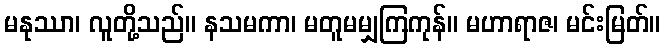
မနုဿာ၊ လူတို့သည်။ နသမကာ၊ မတူမမျှကြကုန်။ မဟာရာဇ၊ မင်းမြတ်။